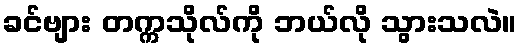
ခင်ဗျား တက္ကသိုလ်ကို ဘယ်လို သွားသလဲ။